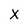
Character: x